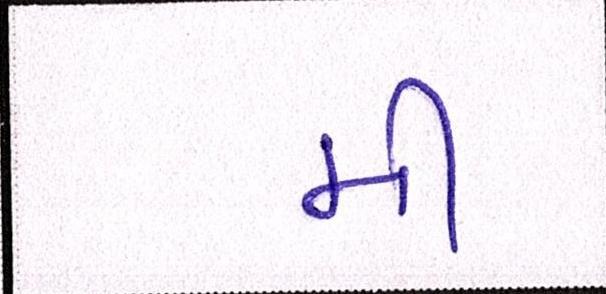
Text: મી